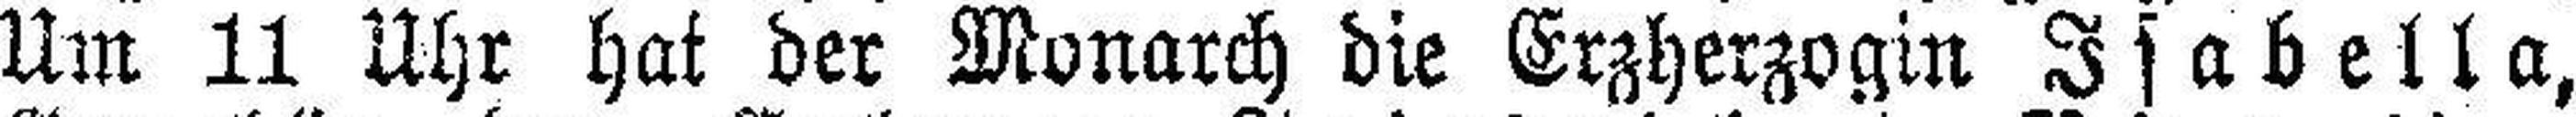
Um 11 Uhr hat der Monarch die Erzherzogin Isabella,